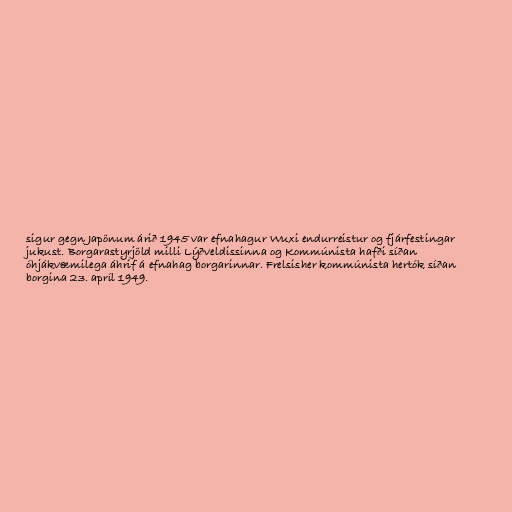
sigur gegn Japönum árið 1945 var efnahagur Wuxi endurreistur og fjárfestingar
jukust. Borgarastyrjöld milli Lýðveldissinna og Kommúnista hafði síðan
óhjákvæmilega áhrif á efnahag borgarinnar. Frelsisher kommúnista hertók síðan
borgina 23. apríl 1949.